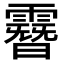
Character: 𩅨